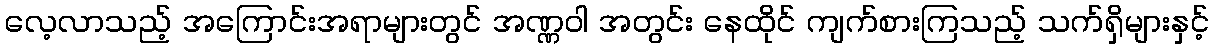
လေ့လာသည့် အကြောင်းအရာများတွင် အဏ္ဏဝါ အတွင်း နေထိုင် ကျက်စားကြသည့် သက်ရှိများနှင့်